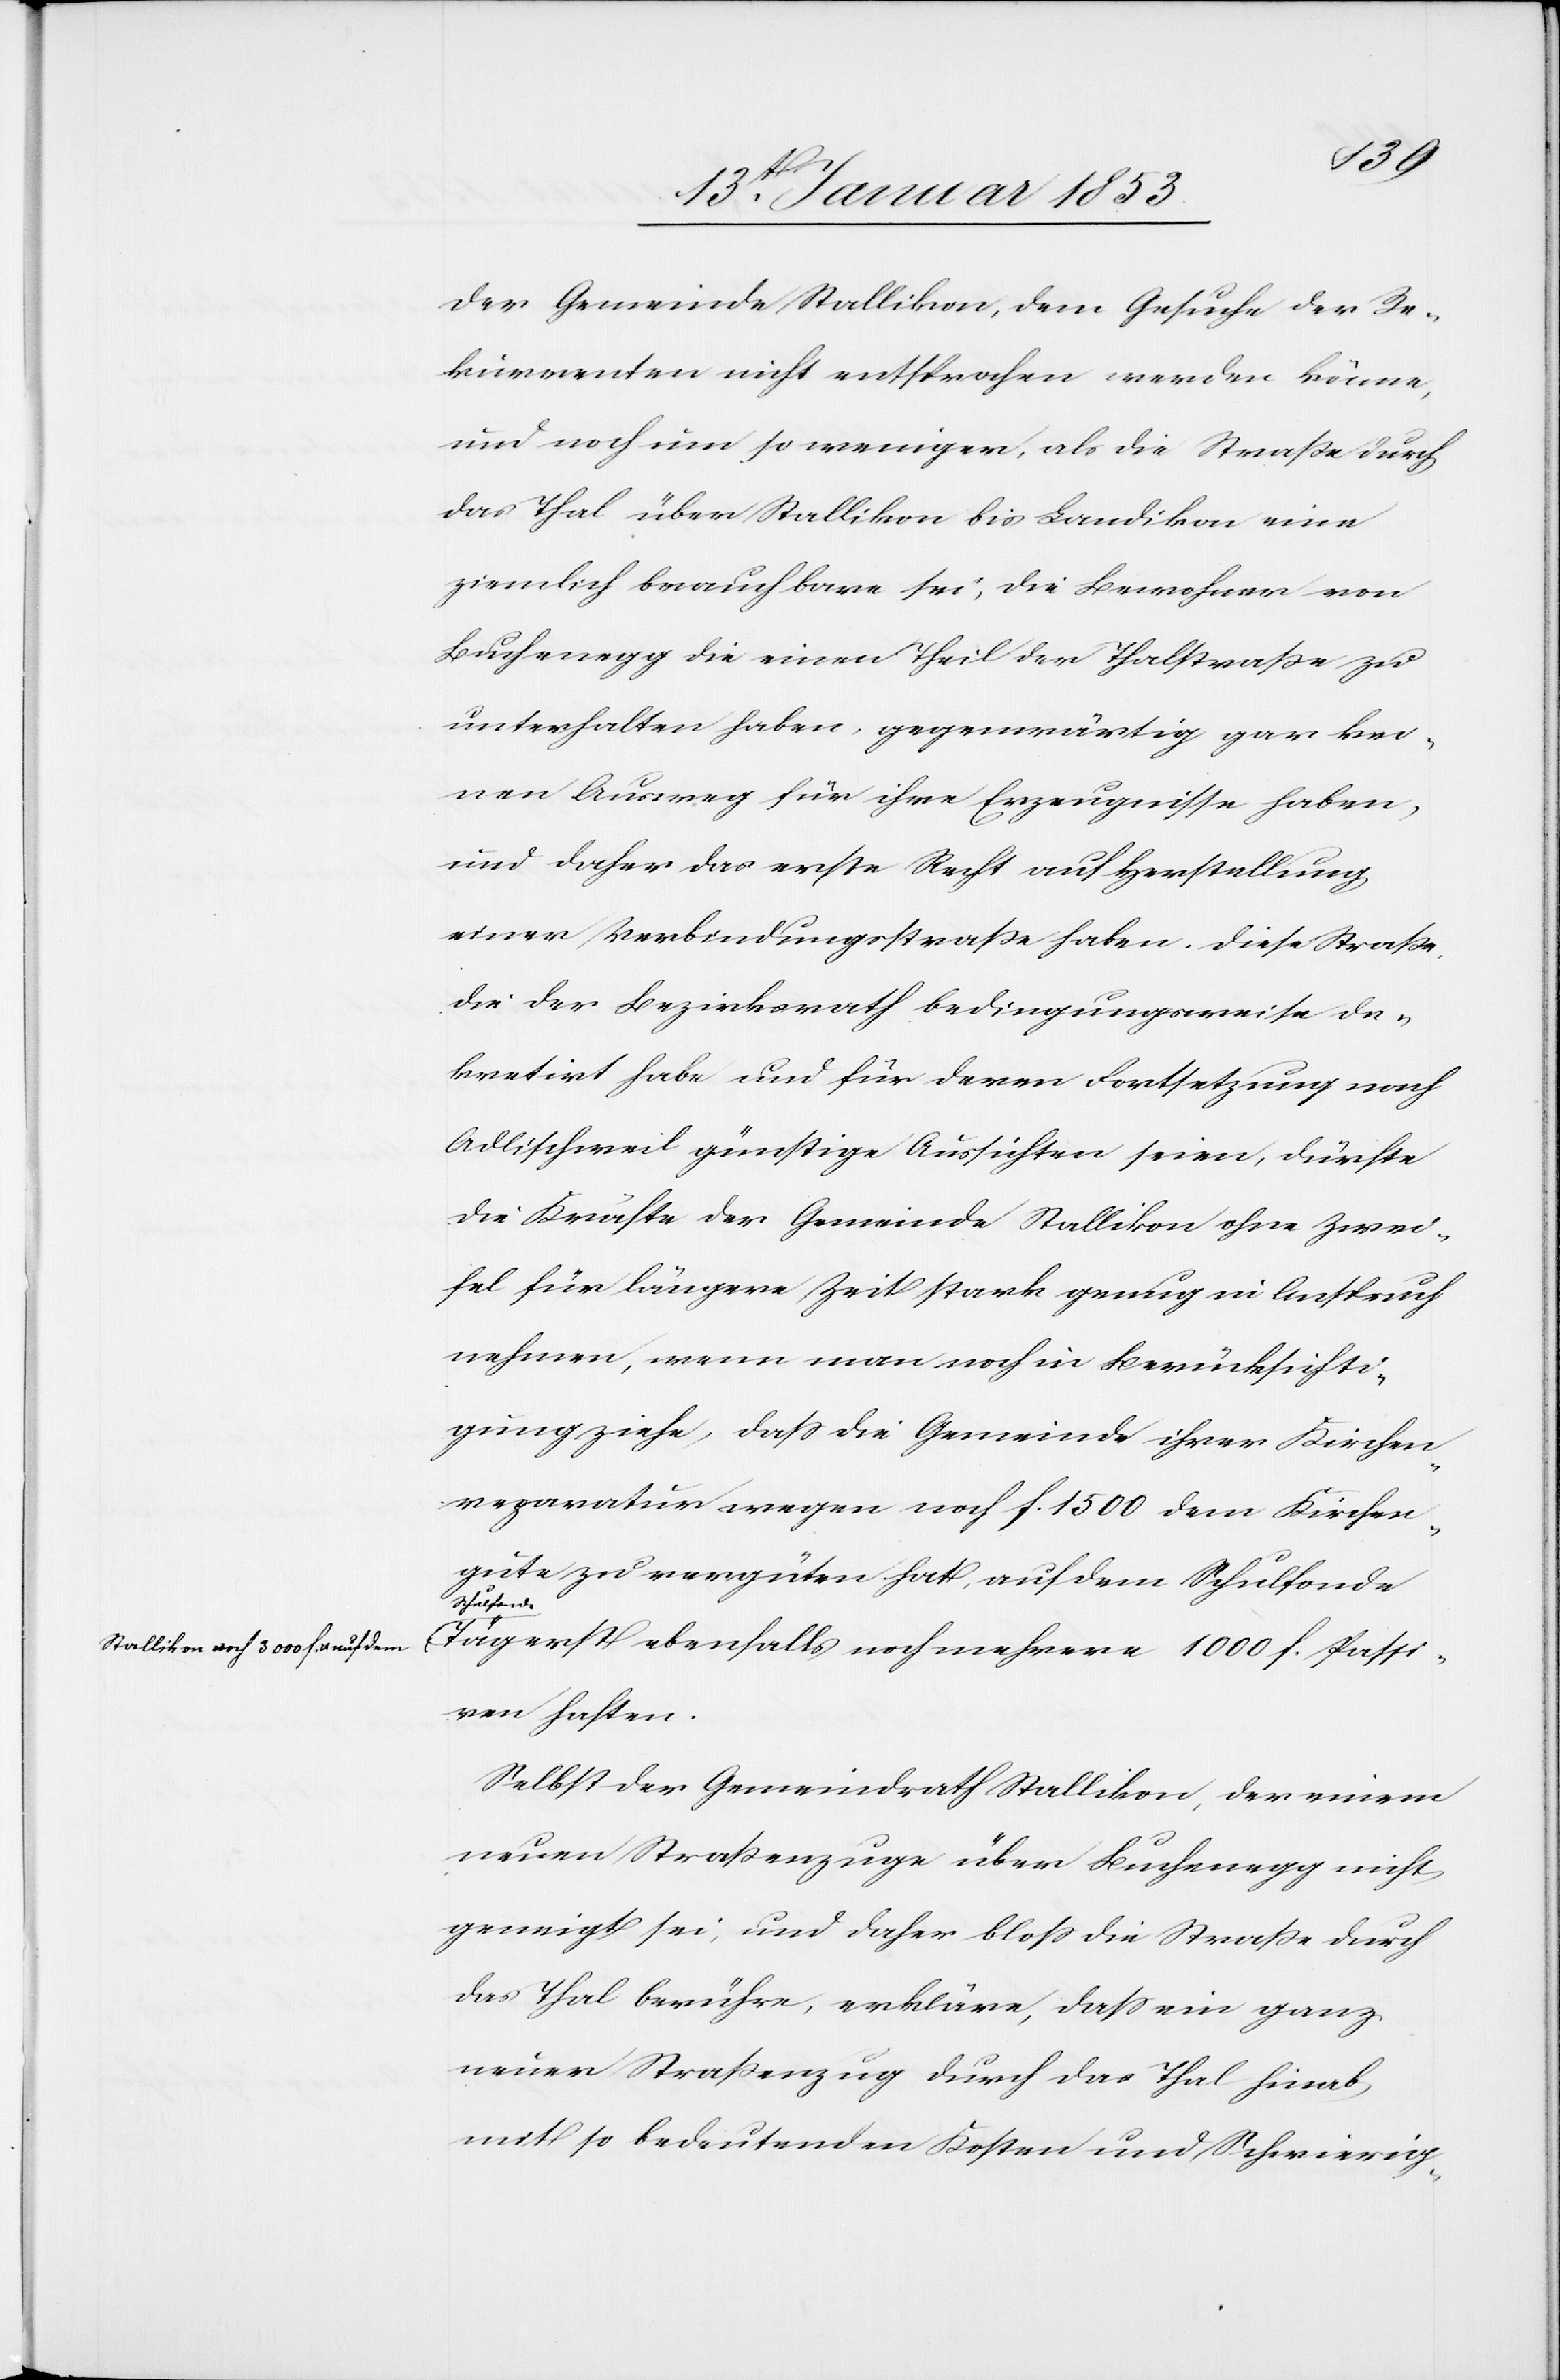
a-Stallikon auf 3000 f. u. auf dem

der Gemeinde Stallikon, dem Gesuche der Re¬
kurrenten nicht entsprochen werden könne,
und noch um so weniger, als die Strasse durch
das Thal über Stallikon bis Landikon eine
ziemlich brauchbare sei, die Bewohner von
Buchenegg die einen Theil der Thalstrasse zu
unterhalten haben, gegenwärtig gar kei¬
nen Ausweg für ihre Erzeugnisse haben,
und daher das erste Recht auf Herstellung
einer Verbindungsstrasse haben. Diese Strasse
die der Bezirksrath bedingungsweise de¬
kretirt habe und für deren Fortsetzung nach
Adlischweil günstige Aussichten seien, dürfte
die Kräfte der Gemeinde Stallikon ohne Zwei¬
fel für längere Zeit stark genug in Anspruch
nehmen, wenn man noch in Berücksichti¬
gung ziehe, dass die Gemeinde ihrer Kirchen¬
reparatur wegen noch f. 1500 dem Kirchen¬
gute zu vergüten hat, auf dem Schulfonde
Schulfonde-a
Tägerst ebenfalls noch mehrere 1000 f. Passi¬
ven haften.
Selbst der Gemeindrath Stallikon, der einem
neuen Strassenzuge über Buchenegg nicht
geneigt sei, und daher bloss die Strasse durch
das Thal berühre, erkläre, dass ein ganz
neuer Strassenzug durch das Thal hinab
mit so bedeutenden Kosten und Schwierig-